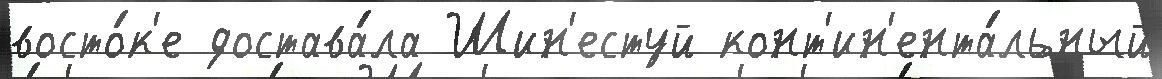
восто́к'е достава́ла Шин'естуй конт'ин'ента́льный